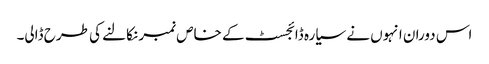
اس دوران انہوں نے سیارہ ڈائجسٹ کے خاص نمبر نکالنے کی طرح ڈالی۔